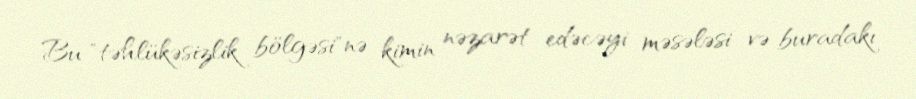
Bu "təhlükəsizlik bölgəsi"nə kimin nəzarət edəcəyi məsələsi və buradakı